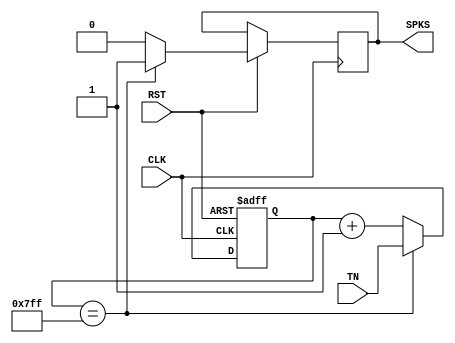
//
module SPKER(CLK, RST, TN, SPKS);
	input CLK;
	input RST;
	input[10:0] TN;
	output SPKS;
	reg SPKS;
	reg[10:0] CNT11;

	always @(posedge CLK or negedge RST)
	begin
	// CNT11B_LOAD11
		if (!RST) CNT11<=0;
		else if (CNT11==11'h7FF)
		begin
			CNT11=TN;
			SPKS<=1'b1;
		end
		else
		begin
			CNT11=CNT11+1;
			SPKS<=1'b0;
		end
	end

endmodule